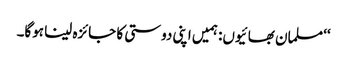
‘‘ مسلمان بھائیوں: ہمیں اپنی دوستی کا جائزہ لینا ہوگا۔